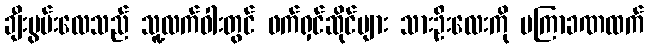
ချီးမွမ်းလေသည် သူ့လက်ဝါးတွင် ဖက်ရှင်ဆိုင်များ သားဦးလေးကို မကြာခဏထက်